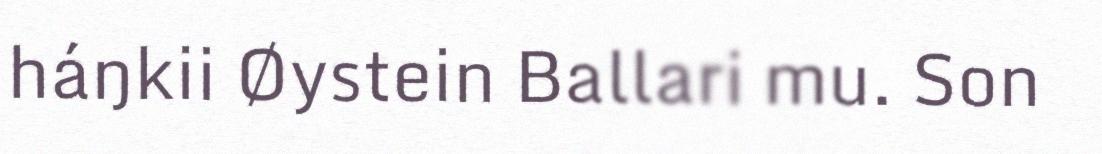
háŋkii Øystein Ballari mu. Son